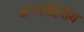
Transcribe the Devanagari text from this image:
अन्तर्शहरीय